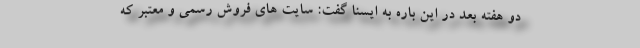
دو هفته بعد در این باره به ایسنا گفت: سایت های فروش رسمی و معتبر که